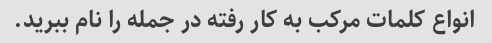
انواع کلمات مرکب به کار رفته در جمله را نام ببرید.